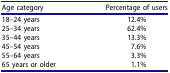
<table><thead><tr><td><b>Age category</b></td><td><b>Percentage of users</b></td></tr></thead><tbody><tr><td>18–24 years</td><td>12.4%</td></tr><tr><td>25–34 years</td><td>62.4%</td></tr><tr><td>35–44 years</td><td>13.3%</td></tr><tr><td>45–54 years</td><td>7.6%</td></tr><tr><td>55–64 years</td><td>3.3%</td></tr><tr><td>65 years or older</td><td>1.1%</td></tr></tbody></table>